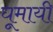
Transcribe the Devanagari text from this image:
घूमायी